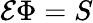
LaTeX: {\mathcal{E}}\Phi=S